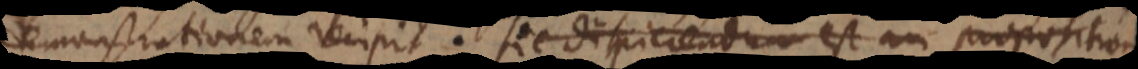
demonstrationem recipit. Sic dispiciendum est an proposition